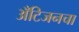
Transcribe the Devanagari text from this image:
अँटिजनचा